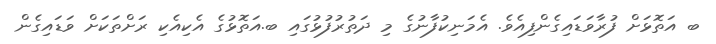
ބ އަތޮޅަށް ފުރާވަޑައިގެންފިއެވެ. އެމަނިކުފާނުގެ މި ދަތުރުފުޅުގައި ބ.އަތޮޅުގެ އެކިއެކި ރަށްތަކަށް ވަޑައިގެން